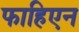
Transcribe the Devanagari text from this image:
फाहिएन